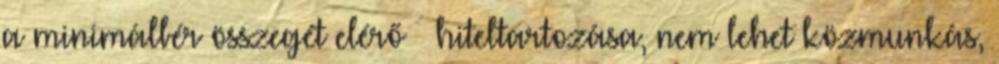
a minimálbér összegét elérő – hiteltartozása, nem lehet közmunkás,